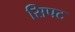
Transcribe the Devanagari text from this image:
सिपट